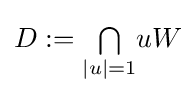
D:={\textstyle \bigcap \limits _{|u|=1}}uW